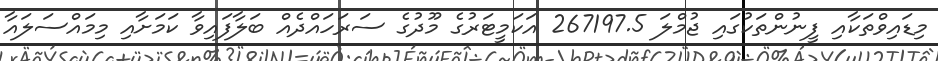
މިޑައިވްތަކާއި ފީނުންތަކުގައި ޖުމްލަ 267197.5 އަކަމީޓަރުގެ މޫދުގެ ސަރަހައްދެއް ބަލާފައިވާ ކަމަށާއި މިމައްސަލައާ